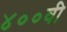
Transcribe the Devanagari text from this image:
४००वी